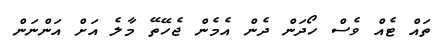
ތައް ޓެއް ވެސް ހޯދަން ދެން އެމެން ޖެހޭތޭ މާލެ އަށް އަންނަން